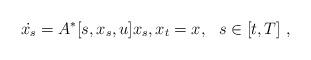
LaTeX: \begin{align*}\dot{x_s}=A^*[s,x_s,u] x_s, x_t = x, \ \ s \in [t,T]\ ,\end{align*}